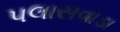
પલાસવાડા